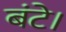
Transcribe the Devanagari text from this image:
बंटे।